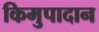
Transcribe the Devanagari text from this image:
किमुपादान